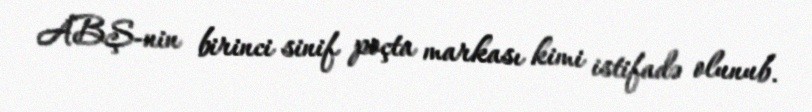
ABŞ-nin birinci sinif poçta markası kimi istifadə olunub.